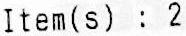
ITEM(S) : 2